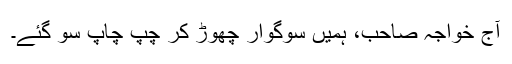
آج خواجہ صاحب، ہمیں سوگوار چھوڑ کر چپ چاپ سو گئے۔